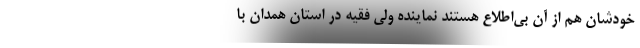
خودشان هم از آن بی‌اطلاع هستند نماینده ولی فقیه در استان همدان با